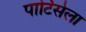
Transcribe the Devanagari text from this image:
पार्टिसेला